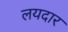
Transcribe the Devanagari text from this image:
लयदार